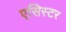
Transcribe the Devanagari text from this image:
एसिस्टर